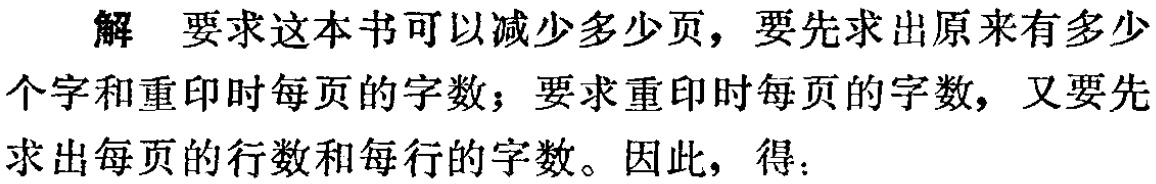
解 要求这本书可以减少多少页，要先求出原来有多少个字和重印时每页的字数；要求重印时每页的字数，又要先求出每页的行数和每行的字数。因此，得：